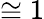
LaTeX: \cong 1